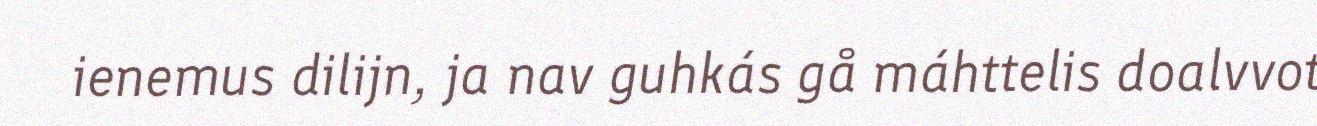
ienemus dilijn, ja nav guhkás gå máhttelis doalvvot